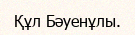
Құл Бәуенұлы.